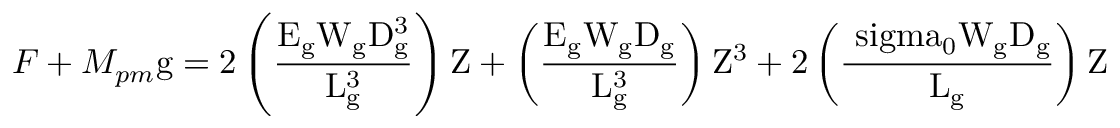
{ F + M _ { p m } \mathrm { g = 2 \left( { \frac { { E _ { \mathrm { g } } W _ { \mathrm { g } } D _ { \mathrm { g } } ^ { 3 } } } { { L _ { \mathrm { g } } ^ { 3 } } } } \right) Z + \left( { \frac { { E _ { \mathrm { g } } W _ { \mathrm { g } } D _ { \mathrm { g } } } } { { L _ { \mathrm { g } } ^ { 3 } } } } \right) { Z ^ { 3 } } + 2 \left( { \frac { { { \ s i g m a _ { 0 } } W _ { \mathrm { g } } D _ { \mathrm { g } } } } { { L _ { \mathrm { g } } } } } \right) Z } }